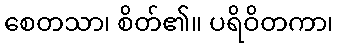
စေတသာ၊ စိတ်၏။ ပရိဝိတကာ၊